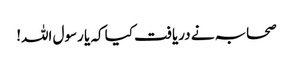
صحابہ نے دریافت کیا کہ یا رسول اللہ!